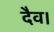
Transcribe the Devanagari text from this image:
दैव।